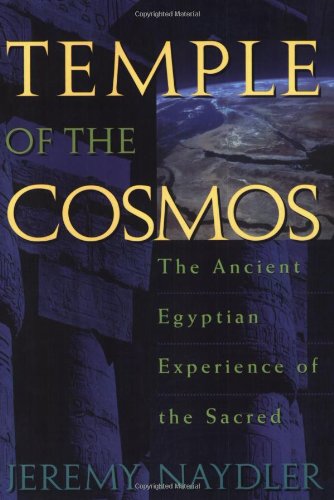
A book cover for Temple of the Cosmos: The Ancient Egyptian Experience of the Sacred; Jeremy Naydler; History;